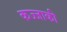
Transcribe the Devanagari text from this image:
कज्जाकी